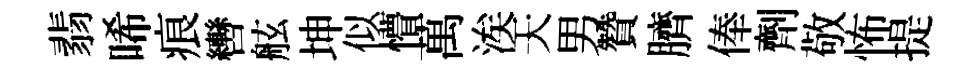
翡唏痕轡舷坤似懵萬涘天男贊臍俸劑敬怖提